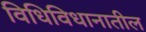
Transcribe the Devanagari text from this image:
विधिविधानातील